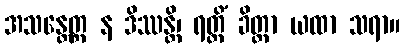
အသန္တေတ္ထ န ဒိဿန္တိ၊ ရတ္တိံ ခိတ္တာ ယထာ သရာ။